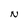
Character: N